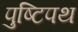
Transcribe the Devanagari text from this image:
पुष्टिपथ